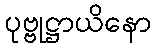
ပုဗ္ဗုဋ္ဌာယိနော